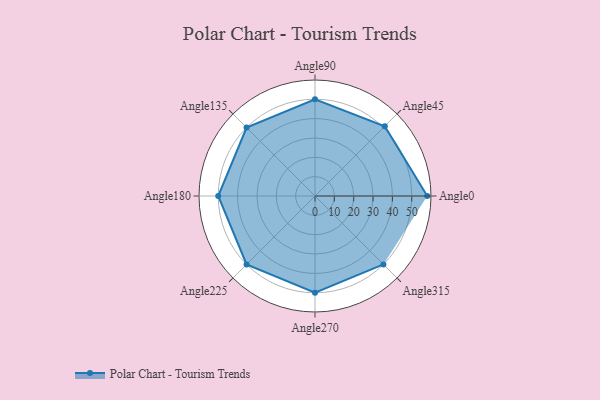
{"axis": {"x": "Angle", "y": "Radius"}, "legend": [""], "data": [{"x": "Angle0", "y": 58.0, "type": ""}, {"x": "Angle45", "y": 51.0, "type": ""}, {"x": "Angle90", "y": 50, "type": ""}, {"x": "Angle135", "y": 50, "type": ""}, {"x": "Angle180", "y": 50, "type": ""}, {"x": "Angle225", "y": 50, "type": ""}, {"x": "Angle270", "y": 50, "type": ""}, {"x": "Angle315", "y": 50, "type": ""}]}